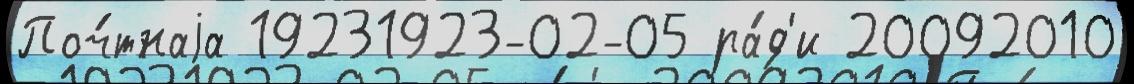
Поч́тнаjа 19231923-02-05 ра́д'и 20092010